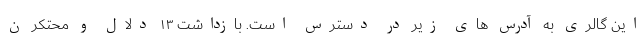
این گالری به آدرس های زیر در دسترس است. بازداشت ۱۳ دلال و محتکر ن